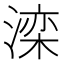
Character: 滦